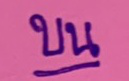
บน